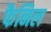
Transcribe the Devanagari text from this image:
फैनिल